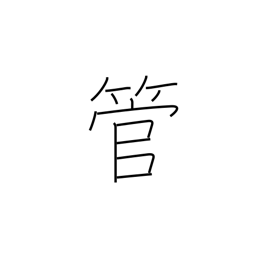
Meaning: drunken talk